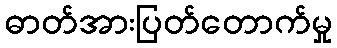
ဓာတ်အားပြတ်တောက်မှု